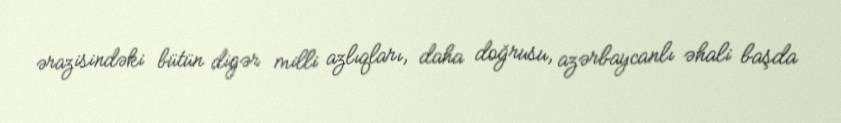
ərazisindəki bütün digər milli azlıqları, daha doğrusu, azərbaycanlı əhali başda